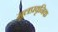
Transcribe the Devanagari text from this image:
मूलप्रवृनिक